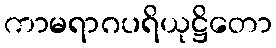
ကာမရာဂပရိယုဋ္ဌိတော